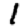
Digit: 1